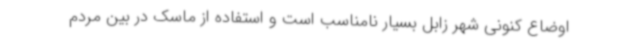
اوضاع کنونی شهر زابل بسیار نامناسب است و استفاده از ماسک در بین مردم